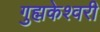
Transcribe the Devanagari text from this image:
गुह्मकेश्वरी